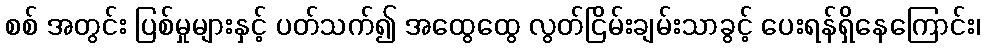
စစ် အတွင်း ပြစ်မှုများနှင့် ပတ်သက်၍ အထွေထွေ လွတ်ငြိမ်းချမ်းသာခွင့် ပေးရန်ရှိနေကြောင်း၊